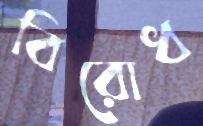
বিরোধ